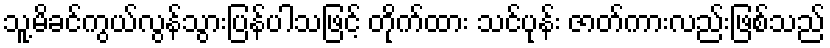
သူ့မိခင်ကွယ်လွန်သွားပြန်ပါသဖြင့် တိုက်ထား သင်ပုန်း ဇာတ်ကားလည်းဖြစ်သည်